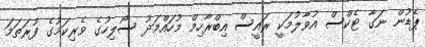
ޕެޑުން ނަގާ ޓެކްސް އުވާލުމަކީ ރައީސް އިބްރާހިމް މުހައްމަދު ސޯލިހުގެ ވެރިކަމުގެ ފުރަތަމަ